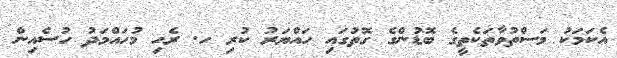
އެކަމަކު މަސްތުވާތަކެތީގެ ބޮޑުންގެ ގޮތުގައި ހައްޔަރު ކުރި ހ. ރެހި މުހައްމަދު ހުސެއިން